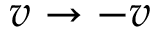
v \rightarrow - v